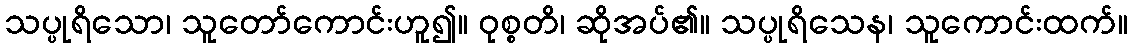
သပ္ပုရိသော၊ သူတော်ကောင်းဟူ၍။ ဝုစ္စတိ၊ ဆိုအပ်၏။ သပ္ပုရိသေန၊ သူကောင်းထက်။